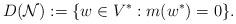
LaTeX: \begin{align*} D({\mathcal N}):=\{w \in V^* : m(w^*)=0 \}.\end{align*}